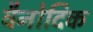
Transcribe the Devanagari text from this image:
वैनोदिक